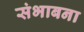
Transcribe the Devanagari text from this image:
संभाबना